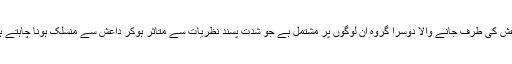
داعش کی طرف جانے والا دوسرا گروہ ان لوگوں پر مشتمل ہے جو شدت پسند نظریات سے متاثر ہوکر داعش سے منسلک ہونا چاہتے ہیں۔